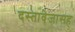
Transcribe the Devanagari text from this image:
दस्तावेजासह